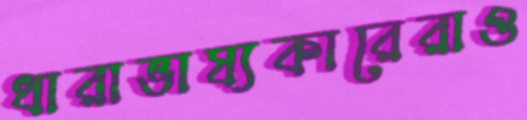
ধারাভাষ্যকারেরাও